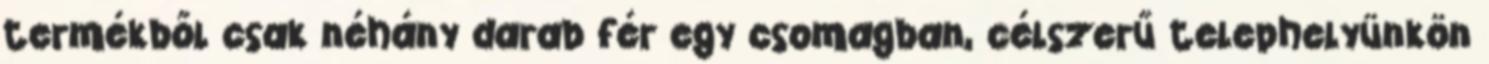
termékből csak néhány darab fér egy csomagban, célszerű telephelyünkön